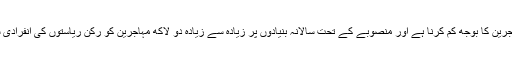
اس منصوبے کا مقصد یونان اور اٹلی جیسے ممالک پر مہاجرین کا بوجھ کم کرنا ہے اور منصوبے کے تحت سالانہ بنیادوں پر زیادہ سے زیادہ دو لاکھ مہاجرین کو رکن ریاستوں کی انفرادی سطح پر قومی آبادی کے تناسب سے تقسیم کیا جا سکتا ہے۔